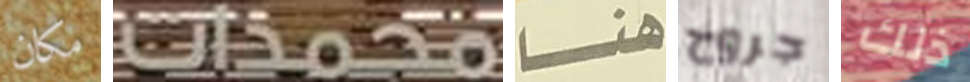
مكان مجمدات هنا جروح ذلك